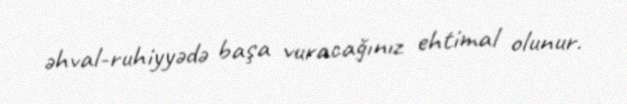
əhval-ruhiyyədə başa vuracağınız ehtimal olunur.